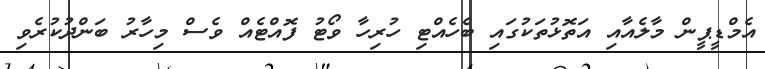
އެމްޑީޕީން މާލެއާއި އަތޮޅުތަކުގައި ބެހެއްޓި ހުރިހާ ވޯޓު ފޮއްޓެއް ވެސް މިހާރު ބަންދުކުރެވި